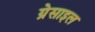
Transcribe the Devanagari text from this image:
ग्रेसाइल